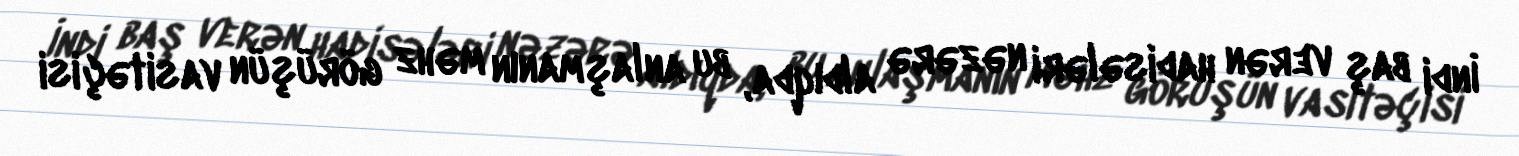
İndi baş verən hadisələri nəzərə aldıqda, bu anlaşmanın məhz görüşün vasitəçisi